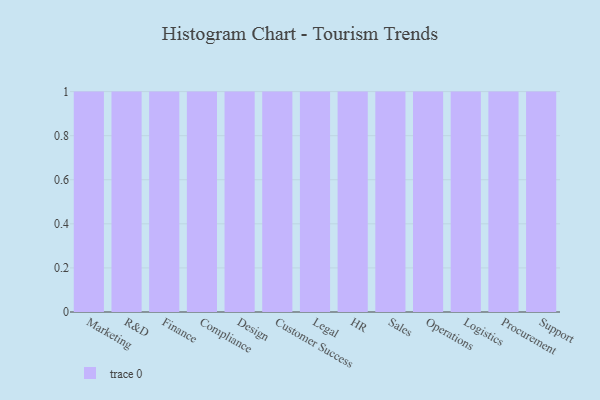
{"axis": {"x": "Department", "y": "Active Users"}, "legend": [""], "data": [{"x": "Marketing", "y": 59, "type": ""}, {"x": "R&D", "y": 33, "type": ""}, {"x": "Finance", "y": 67, "type": ""}, {"x": "Compliance", "y": 5, "type": ""}, {"x": "Design", "y": 80, "type": ""}, {"x": "Customer Success", "y": 1, "type": ""}, {"x": "Legal", "y": 39, "type": ""}, {"x": "HR", "y": 84, "type": ""}, {"x": "Sales", "y": 42, "type": ""}, {"x": "Operations", "y": 98, "type": ""}, {"x": "Logistics", "y": 79, "type": ""}, {"x": "Procurement", "y": 62, "type": ""}, {"x": "Support", "y": 55, "type": ""}]}